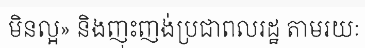
មិនល្អ» និងញុះញង់ប្រជាពលរដ្ឋ តាមរយៈ